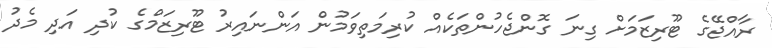
ރާއްޖޭގެ ޓޫރިޒަމަށް ގިނަ ގޮންޖެހުންތަކެއް ކުރިމަތިވަމުން އަންނައިރު ޓޫރިޒަމްގެ ކުދި އަދި މެދު